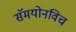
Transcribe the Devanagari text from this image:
सॅमयोनविच